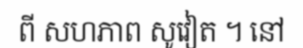
ពី សហភាព សូវៀត ។ នៅ